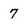
Character: 7